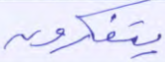
يتفكرون